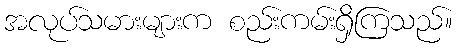
အလုပ်သမားများက စည်းကမ်းရှိကြသည်။